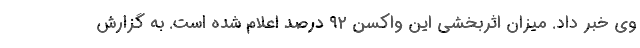
وی خبر داد. میزان اثربخشی این واکسن ۹۲ درصد اعلام شده است. به گزارش